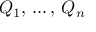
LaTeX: Q _ { 1 } , \, \ldots , \, Q _ { n }